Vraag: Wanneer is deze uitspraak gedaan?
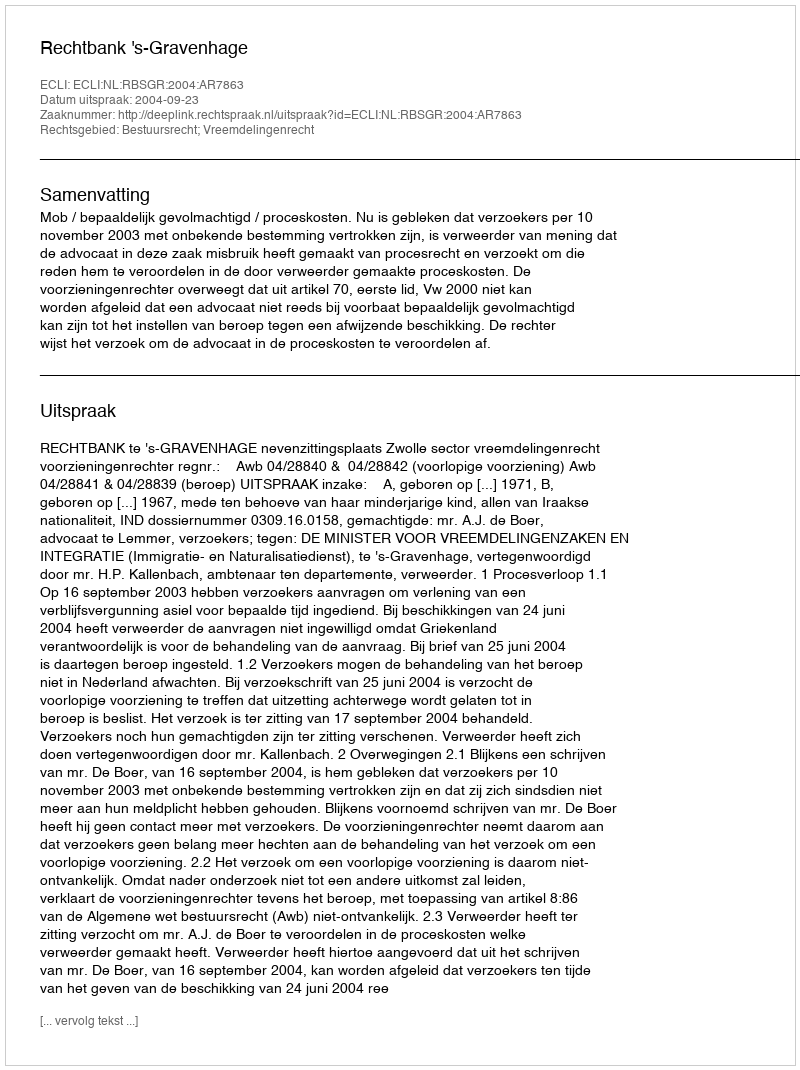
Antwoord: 2004-09-23